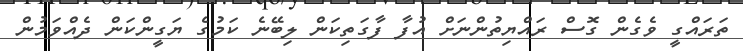
ތަަރައްގީ ވެގެން ގޮސް ރައްޔިތުންނަށް އުފާ ފާގަތިކަން ލިބޭނެ ކަމުގެ ޔަގީންކަން ދެއްވަމުން